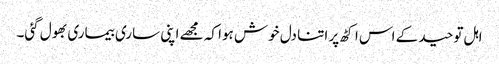
اہل توحید کے اس اکٹھ پر اتنا دل خوش ہوا کہ مجھے اپنی ساری بیماری بھول گئی۔